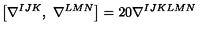
\left[ \nabla ^ { I J K } , \ \nabla ^ { L M N } \right] = 2 0 \nabla ^ { I J K L M N }